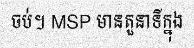
ចប់។ MSP មានតួនាទីក្នុង